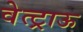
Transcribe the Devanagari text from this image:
वेत्ट्राऊ